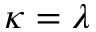
\kappa = \lambda